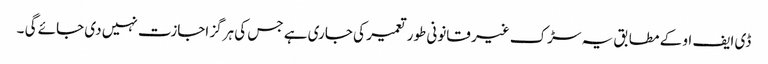
ڈی ایف او کے مطابق یہ سڑک غیر قانونی طور تعمیر کی جاری ہے جس کی ہرگز اجازت نہیں دی جائے گی ۔